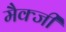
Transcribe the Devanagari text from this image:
मैक्जी